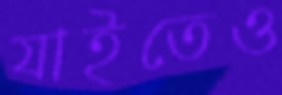
যাইতেও